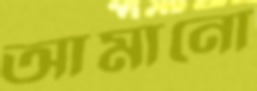
আমানো